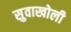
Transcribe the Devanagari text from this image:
सुवाखोली